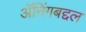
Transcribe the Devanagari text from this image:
ॲनिंगबद्दल